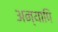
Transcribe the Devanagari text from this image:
अन्यापि